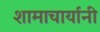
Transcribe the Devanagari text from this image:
शामाचार्यानी